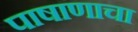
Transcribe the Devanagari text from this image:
पाषाणाचा